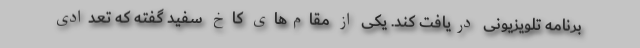
برنامه تلویزیونی دریافت کند. یکی از مقام‌های کاخ سفید گفته که تعدادی